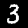
Digit: 3